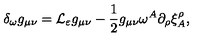
\delta _ { \omega } g _ { \mu \nu } = { \cal L } _ { \varepsilon } g _ { \mu \nu } - \frac 1 2 g _ { \mu \nu } \omega ^ { A } \partial _ { \rho } \xi _ { A } ^ { \rho } ,